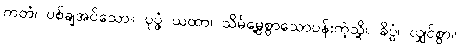
ကတံ၊ ပစ်ချအပ်သော။ ပုပ္ဖံ ယထာ၊ သိမ်မွေ့စွာသောပန်းကဲ့သို့။ ခိပ္ပံ၊ လျှင်စွာ။